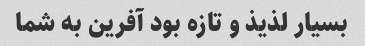
بسیار لذیذ و تازه بود آفرین به شما